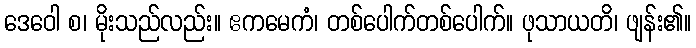
ဒေဝေါ စ၊ မိုးသည်လည်း။ ဧကမေကံ၊ တစ်ပေါက်တစ်ပေါက်။ ဖုသာယတိ၊ ဖျန်း၏။